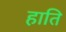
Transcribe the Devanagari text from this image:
हाति